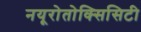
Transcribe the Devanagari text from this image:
नयूरोतोक्सिसिटी